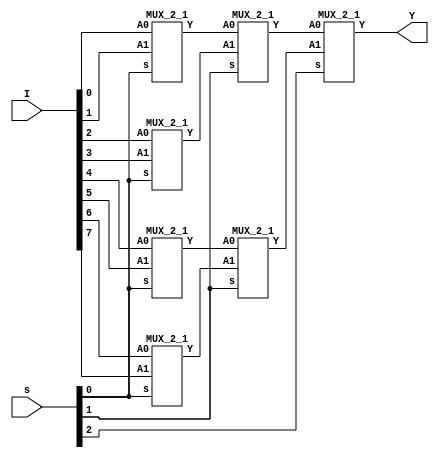
module MUX_8_1(input [7:0]I, input [2:0]s, output Y);

wire [5:0]out;
MUX_2_1 m1(I[0],I[1],s[0],out[0]);
MUX_2_1 m2(I[2],I[3],s[0],out[1]);
MUX_2_1 m3(I[4],I[5],s[0],out[2]);
MUX_2_1 m4(I[6],I[7],s[0],out[3]);
MUX_2_1 m5(out[0],out[1],s[1],out[4]);
MUX_2_1 m6(out[2],out[3],s[1],out[5]);
MUX_2_1 m7(out[4],out[5],s[2],Y);

endmodule

module MUX_2_1(input A0, input A1,input s, output reg Y);
always@(*)
begin

if(s == 0)
   Y=A0;
else
   Y=A1;
   
end
endmodule